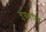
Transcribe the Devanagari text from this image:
गुप्तमंदिर